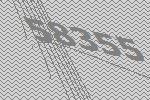
58355